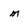
Character: m